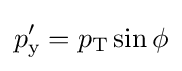
p'_{\text{y}}=p_{\text{T}}\sin \phi